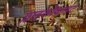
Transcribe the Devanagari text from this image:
ग्लाइकोफाइट